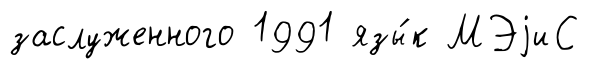
заслуженного 1991 язы́к МЭjиС